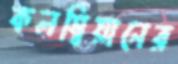
কলম্বিয়ানের